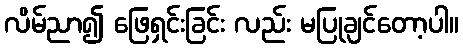
လိမ်ညာ၍ ဖြေရှင်းခြင်း လည်း မပြုချင်တော့ပါ။